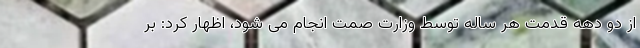
از دو دهه قدمت هر ساله توسط وزارت صمت انجام می شود، اظهار کرد: بر